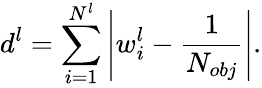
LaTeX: d^{l}=\sum_{i=1}^{N^{l}}\left|w_{i}^{l}-\frac{1}{N_{obj}}\right|.